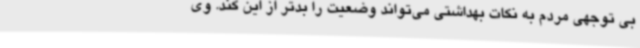
بی توجهی مردم به نکات بهداشتی می‌تواند وضعیت را بدتر از این کند. وی